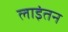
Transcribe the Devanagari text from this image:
लाइंतन